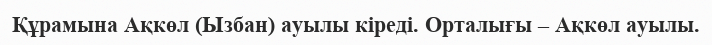
Құрамына Ақкөл (Ызбан) ауылы кіреді. Орталығы – Ақкөл ауылы.